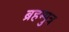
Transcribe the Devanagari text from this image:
ब्रहम्पुत्र